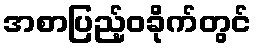
အစာပြည့်ဝခိုက်တွင်